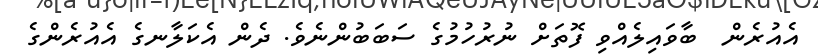
އެއުރެން  ބާވައިލެއްވި ފޮތަށް ނުރުހުމުގެ ސަބަބުންނެވެ. ދެން އެކަލާނގެ އެއުރެންގެ